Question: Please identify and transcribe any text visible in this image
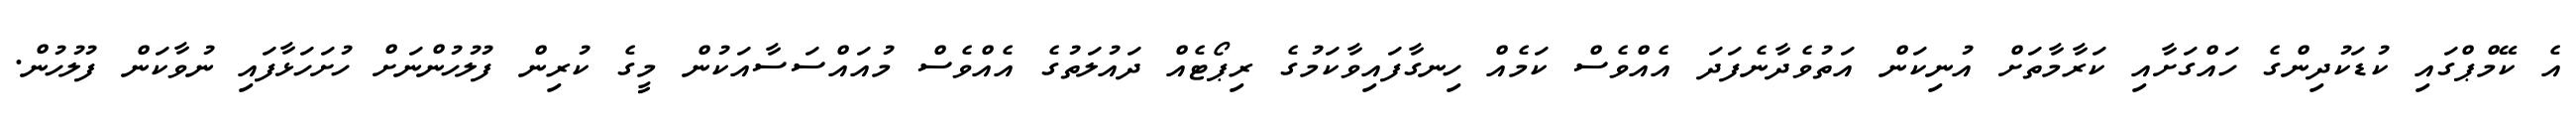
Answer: އެ ކޭމްޕްގައި ކުޑަކުދިންގެ ހައްގަށާއި ކަރާމާތަށް އުނިކަން އަތުވެދާނެފަދަ އެއްވެސް ކަމެއް ހިނގާފައިވާކަމުގެ ރިޕޯޓެއް ދައުލަތުގެ އެއްވެސް މުއައްސަސާއަކުން މީގެ ކުރިން ފުލުހުންނަށް ހުށަހަޅާފައި ނުވާކަން ފުލުހުން.